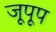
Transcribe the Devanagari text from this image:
जूपूप